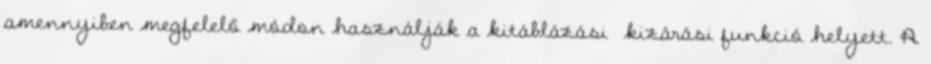
amennyiben megfelelő módon használják a kitáblázási kizárási funkció helyett. A